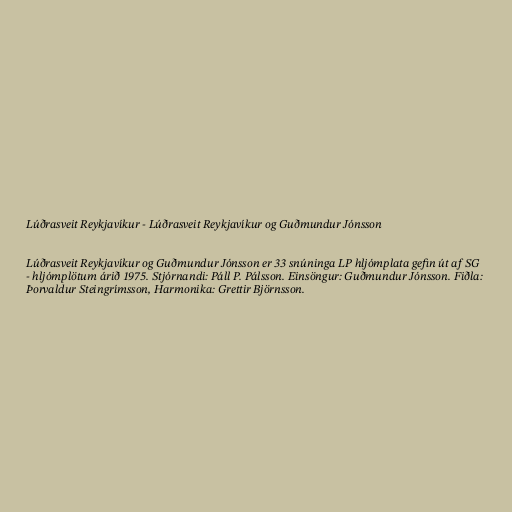
Lúðrasveit Reykjavíkur - Lúðrasveit Reykjavíkur og Guðmundur Jónsson

Lúðrasveit Reykjavíkur og Guðmundur Jónsson er 33 snúninga LP hljómplata gefin út af SG
- hljómplötum árið 1975. Stjórnandi: Páll P. Pálsson. Einsöngur: Guðmundur Jónsson. Fiðla:
Þorvaldur Steingrímsson, Harmonika: Grettir Björnsson.